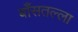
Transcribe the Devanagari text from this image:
बाँसतल्‍ला